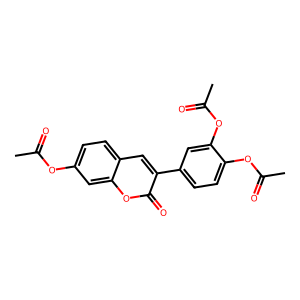
SMILES: CC(=O)Oc1ccc2cc(-c3ccc(OC(C)=O)c(OC(C)=O)c3)c(=O)oc2c1
Inhibits HIV replication: No